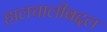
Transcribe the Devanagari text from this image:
हालचालीबद्दल